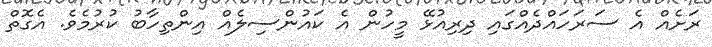
ރަށެއް އެ ސަރަހައްދެއްގައި ދިރިއުޅޭ މީހުން އެ ކައުންސިލެއް އިންތިހާބު ކުރުމެވެ. އެގޮތް